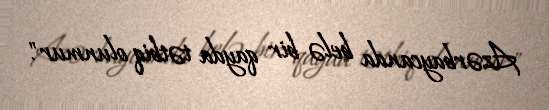
Azərbaycanda belə bir qayda tətbiq olunmur".